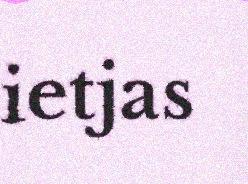
ietjas